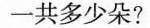
一共多少朵?